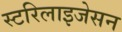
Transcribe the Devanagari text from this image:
स्टरिलाइजेसन